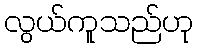
လွယ်ကူသည်ဟု